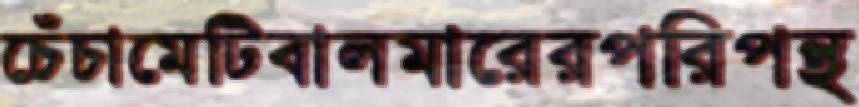
চেঁচামেটিবালমারেরপরিপন্থ